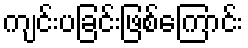
ကျင်းပခြင်းဖြစ်ကြောင်း